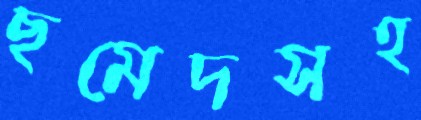
ছমেদসহ